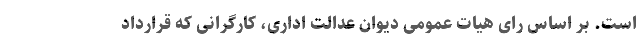
است. بر اساس رای هیات عمومی دیوان عدالت اداری، کارگرانی که قرارداد